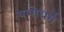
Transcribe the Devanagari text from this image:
यशोधर्म